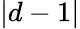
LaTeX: |d-1|